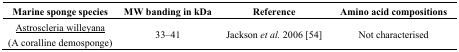
| Marine sponge species | MW banding in kDa | Reference | Amino acid compositions |
 | --- | --- | --- | --- |
 | <underline>Astroscleria willeyana</underline> (A coralline demosponge) | 33–41 | Jackson et al. 2006 [54] | Not characterised |